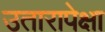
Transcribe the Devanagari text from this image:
उतारापेक्षा